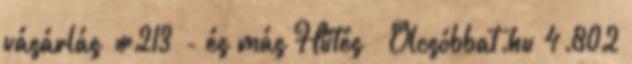
vásárlás #213 - és más Hűtés – Olcsóbbat.hu 4.802